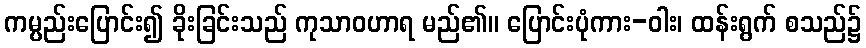
ကမ္ပည်းပြောင်း၍ ခိုးခြင်းသည် ကုသာဝဟာရ မည်၏။ ပြောင်းပုံကား-ဝါး၊ ထန်းရွက် စသည်၌